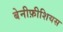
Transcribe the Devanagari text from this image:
बेनीफ़ीशियस